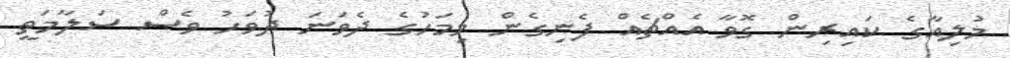
މުލިއާގެ ކައިރިން ގޮވާ އެއްޗެއް ފެނިގެން މިމަހުގެ ދެވަަނަ ދުވަހު ވެސް ސަލާމަތީ